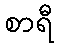
စာရီ